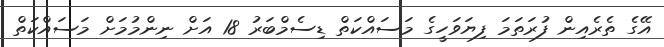
އޭގެ ތެރެއިން ފުރަތަމަ ފިޔަވަހީގެ މަސައްކަތް ޑިސެމްބަރު 18 އަށް ނިންމުމަށް މަސައްކަތް